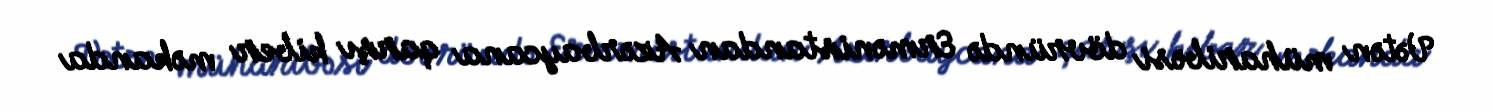
Vətən müharibəsi dövründə Ermənistandan Azərbaycana qarşı kiber məkanda